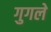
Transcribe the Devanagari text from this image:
गुगले